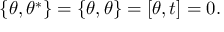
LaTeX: \{ \theta , \theta ^ { \ast } \} = \{ \theta , \theta \} = [ \theta , t ] = 0 .